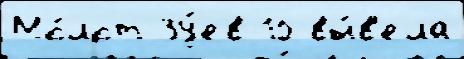
Мо́лот Зу́ев 10 вы́в'ела